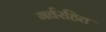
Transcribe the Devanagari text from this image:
गर्वरहित